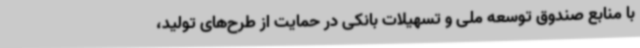
با منابع صندوق توسعه ملی و تسهیلات بانکی در حمایت از طرح‌های تولید،